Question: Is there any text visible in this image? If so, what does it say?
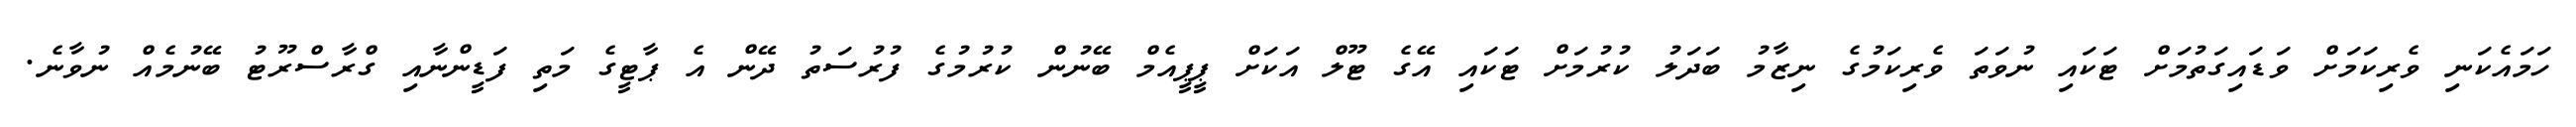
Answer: ހަމައެކަނި ވެރިކަމަށް ވަޑައިގަތުމަށް ޓަކައި ނުވަތަ ވެރިކަމުގެ ނިޒާމު ބަދަލު ކުރުމަށް ޓަކައި އޭގެ ޓޫލް އަކަށް ޕީޕީއެމް ބޭނުން ކުރުމުގެ ފުރުސަތު ދޭން އެ ޕާޓީގެ މަތި ފަޑީންނާއި ގްރާސްރޫޓު ބޭނުމެއް ނުވާނެ.